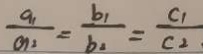
\frac { a _ { 1 } } { a _ { 2 } } = \frac { b _ { 1 } } { b _ { 2 } } = \frac { c _ { 1 } } { c _ { 2 } }